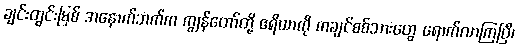
ချင်းတွင်းမြစ် အနောက်ဘက်က ကျွန်တော်တို့ ဧရိယာကို ကချင်စစ်သားတွေ ရောက်လာကြပြီ၊